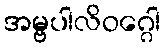
အမ္ဗပါလိဝဂ္ဂေါ